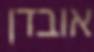
אובדן